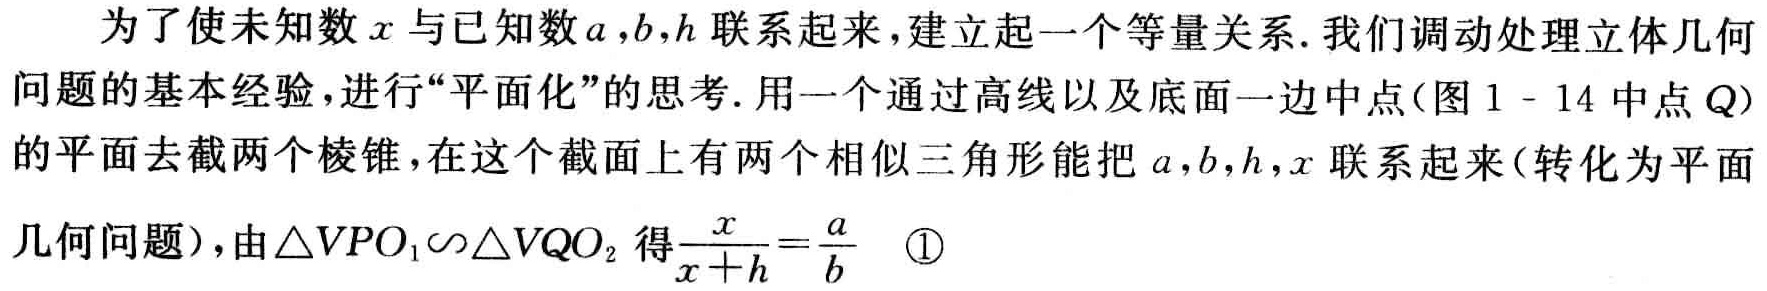
为了使未知数\(x\)与已知数\(a,b,h\)联系起来，建立起一个等量关系. 我们调动处理立体几何问题的基本经验，进行“平面化”的思考. 用一个通过高线以及底面一边中点(图1 - 14中点\(Q\))的平面去截两个棱锥，在这个截面上有两个相似三角形能把\(a,b,h,x\)联系起来(转化为平面几何问题)，由\(\triangle VPO_{1}\sim\triangle VQO_{2}\)得\(\frac{x}{x + h}=\frac{a}{b}\) \textcircled{1}